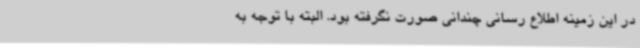
در این زمینه اطلاع رسانی چندانی صورت نگرفته بود. البته با توجه به